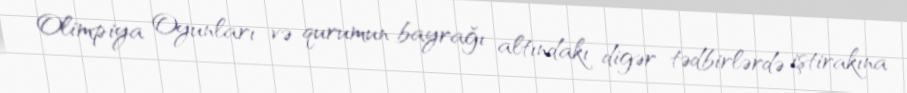
Olimpiya Oyunları və qurumun bayrağı altındakı digər tədbirlərdə iştirakına